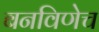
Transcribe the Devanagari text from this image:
बनविणेच